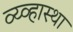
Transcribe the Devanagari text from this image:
व्य्व्हास्था